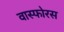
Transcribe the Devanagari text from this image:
वास्फोरस